V__Kingissepa_nim__kolhoos, lk 15
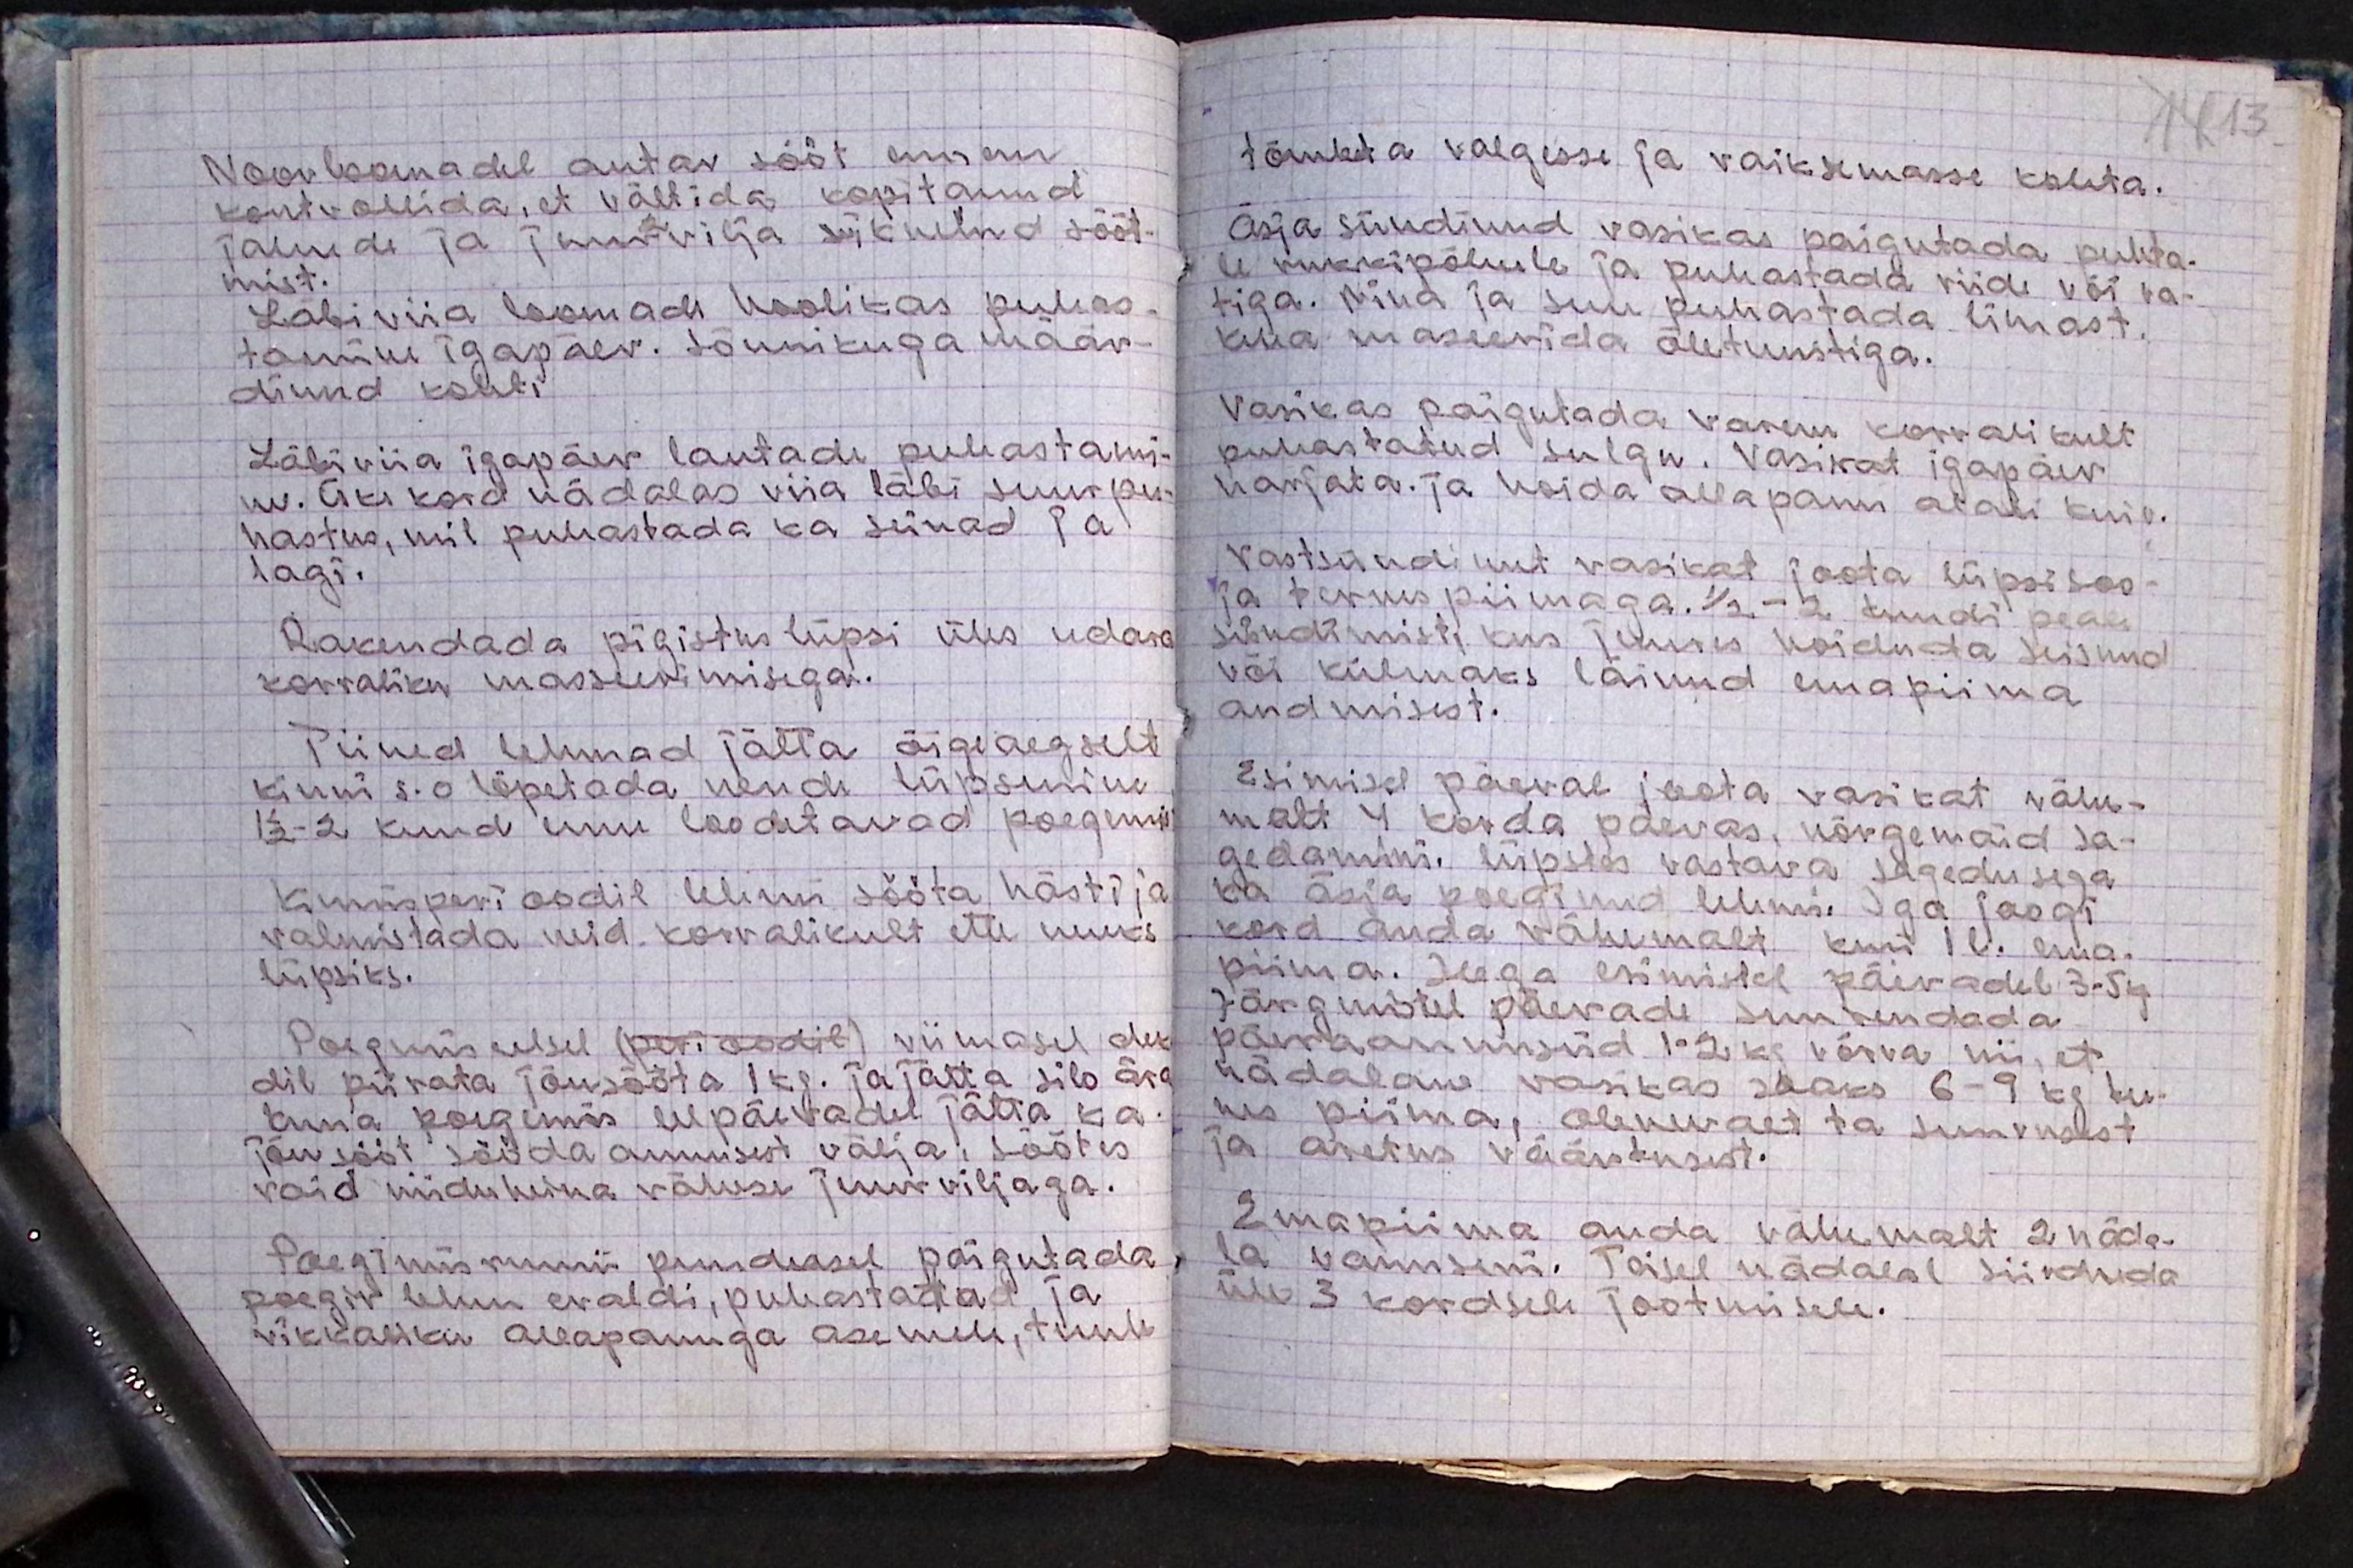
Noorloomadel antav sööt ennem
kontrollida, et vältida kopitanud
jahude ja juurvilja riknenud sööt-
mist.
Läbi viia loomade hoolikas puhas-
tamine igapäev. Sõnnikuga määr-
dinud kohti.
Läbi viia igapäev lautade puhastami-
ne. Üks kord nädalas viia läbi suur pu-
hastus, mil puhastada ka seinad ja
lagi.
Rakendada pigistus lüpsi üks udara
korraliku masseerimisega.
Tiined lehmad jätta õigeaegselt
kinni s.o lõpetada nende lüpsmine
1/2-2 kuud enne loodetavad poegemist
Kinnisperioodil lehm sööta hästi ja
valmistada neid korralikult ette uueks
lüpsiks.
Poegmis eelsel (perioodil) viimasel dek-
dil piirata jõusööta 1 kg. ja jätta silo ära
kuna poegimis eelpäevadel jätta ka.
Jõusööt sööda annusest välja. Söötes
vaid niiduheina vähese juurviljaga.
Poegimis ruumi puudusel paigutada
poegiv lehm eraldi, puhastada ja
rikkaliku allapanuga asemele, tuule

tõmbeta valgesse ja vaiksemasse kohta.
Äsja sündinud vasikas paigutada puhta-
le rukkipõhule ja puhastada riide või va-
tiga. Nina ja suu puhastada limast.
Keha maseerida õletuustiga.
Vasikas paigutada varem korralikult
puhastatud sulgu. Vasikat igapäev
harjata. ja hoida allapanu alati kuiv.
Vastsündinud vasikat joota lüpsisoo-
ja ternespiimaga. 1/2 - 2 tundi peale
sündimist, kus juures hoiduda seisnud
või külmaks läinud emapiima
andmisest.
Esimesel päeval joota vasikat vähe-
malt 4 korda päevas, nõrgemaid sa-
gedamini. lüpstes vastava sagedusega
ka äsja poeginud lehmi. Iga joogi
kord anda vähemalt kuni 1 l. ema.
piima. Seega esimistel päevadel 3-5kg.
Järgmistel päevade suurendada
päevaannuseid 1-2 kg võrra nii, et
nädalane vasikas saaks 6-9 kg ter
nes piima, olenevalt ta suurusest
ja aretus väärtusest.
Emapiima anda vähemalt 2 näda-
la vanuseni. Teisel nädalal siirduda,
üle 3 kordsele jootmisele.